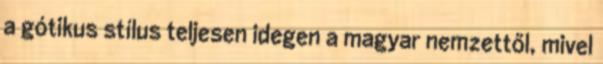
a gótikus stílus teljesen idegen a magyar nemzettől, mivel